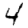
Digit: 4